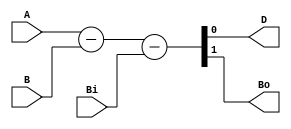
module v_full_subtractor(input A, B, Bi, output D, Bo);
  assign {Bo, D} = A - B - Bi;
endmodule